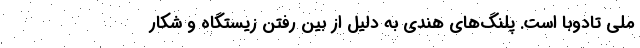
ملی تادوبا است. پلنگ‌های هندی به دلیل از بین رفتن زیستگاه و شکار